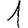
Digit: 1